Scottish Leaving Certificate Examination, 1955
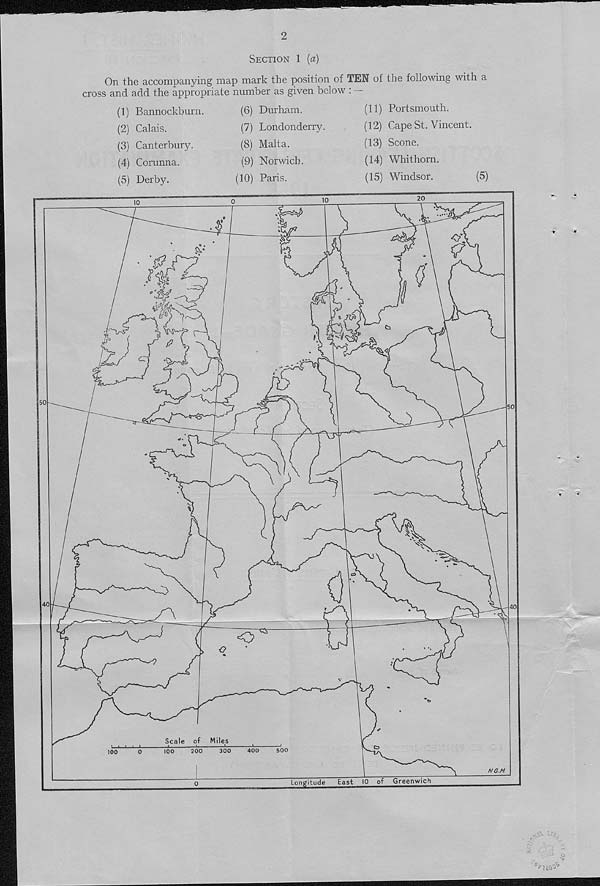
2
Section 1 [a)
On the accompanying map mark the position of TEN of the following with a
cross and add the appropriate number as given below : —
(1) Bannockburn.
(2) Calais.
(3) Canterbury.
(4) Corunna.
(5) Derby.
(6) Durham.
(7) Londonderry.
(8) Malta.
(9) Norwich.
(10) Paris.
(11) Portsmouth.
(12) Cape St. Vincent.
(13) Scone.
(14) Whithorn.
(15) Windsor.
(5)
20
O
|5V
%
c
>
50
40
of
Seal
500
400
200
300
100
100
NG
Longitude East 10 of Greenwich